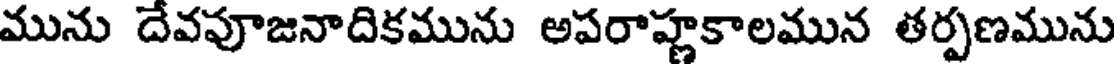
మును దేవపూజనాదికమును అపరాహ్ణకాలమున తర్పణమును